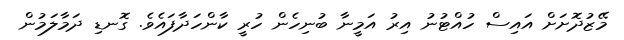
މޭޒުދޮށަށް އައިސް ހުއްޓުނު އިރު އަމީނާ ބުނިހެން ހުރީ ކާންހަދާފައެވެ. ގޮނޑި ދަމާލަމުން